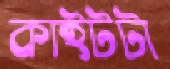
কাইটটা